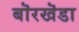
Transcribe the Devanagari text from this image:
बॊरखॆडा